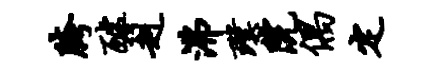
胯醵赳沸璞院偶定